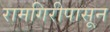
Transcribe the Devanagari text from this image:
रामगिरीपासून